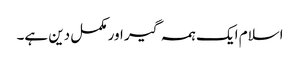
اسلام ایک ہمہ گیر اور مکمل دین ہے۔